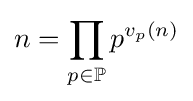
n=\prod _{p\in \mathbb {P} }p^{v_{p}(n)}